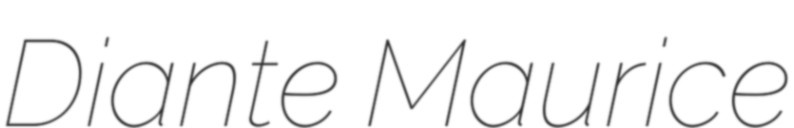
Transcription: Diante Maurice